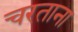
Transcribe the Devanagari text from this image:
चरताना